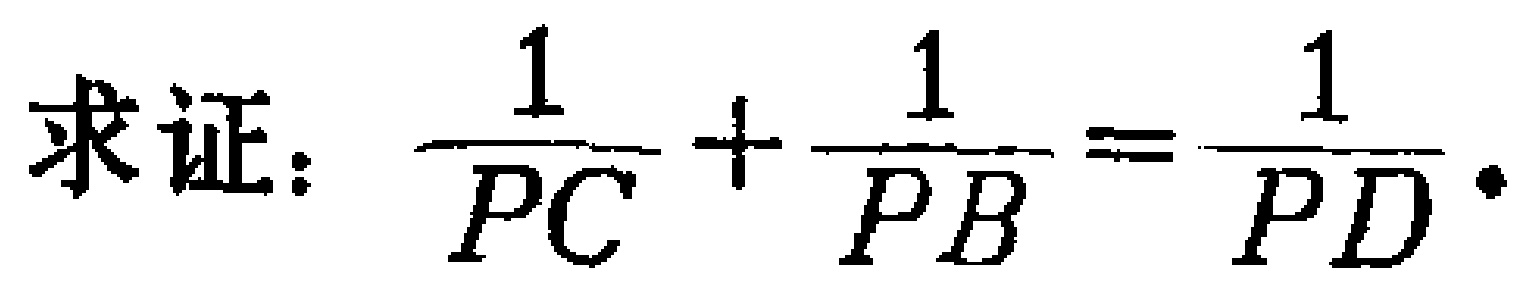
求证：$\frac{1}{PC}+\frac{1}{PB}=\frac{1}{PD}$。